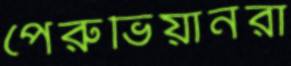
পেরুভিয়ানরা